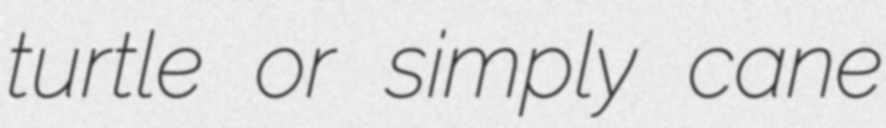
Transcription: turtle or simply cane